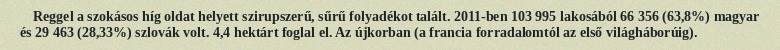
Reggel a szokásos híg oldat helyett szirupszerű, sűrű folyadékot talált. 2011-ben 103 995 lakosából 66 356 (63,8%) magyar és 29 463 (28,33%) szlovák volt. 4,4 hektárt foglal el. Az újkorban (a francia forradalomtól az első világháborúig).